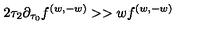
{ 2 \tau _ { 2 } \partial _ { \tau _ { 0 } } f ^ { ( w , - w ) } > > w f ^ { ( w , - w ) } }